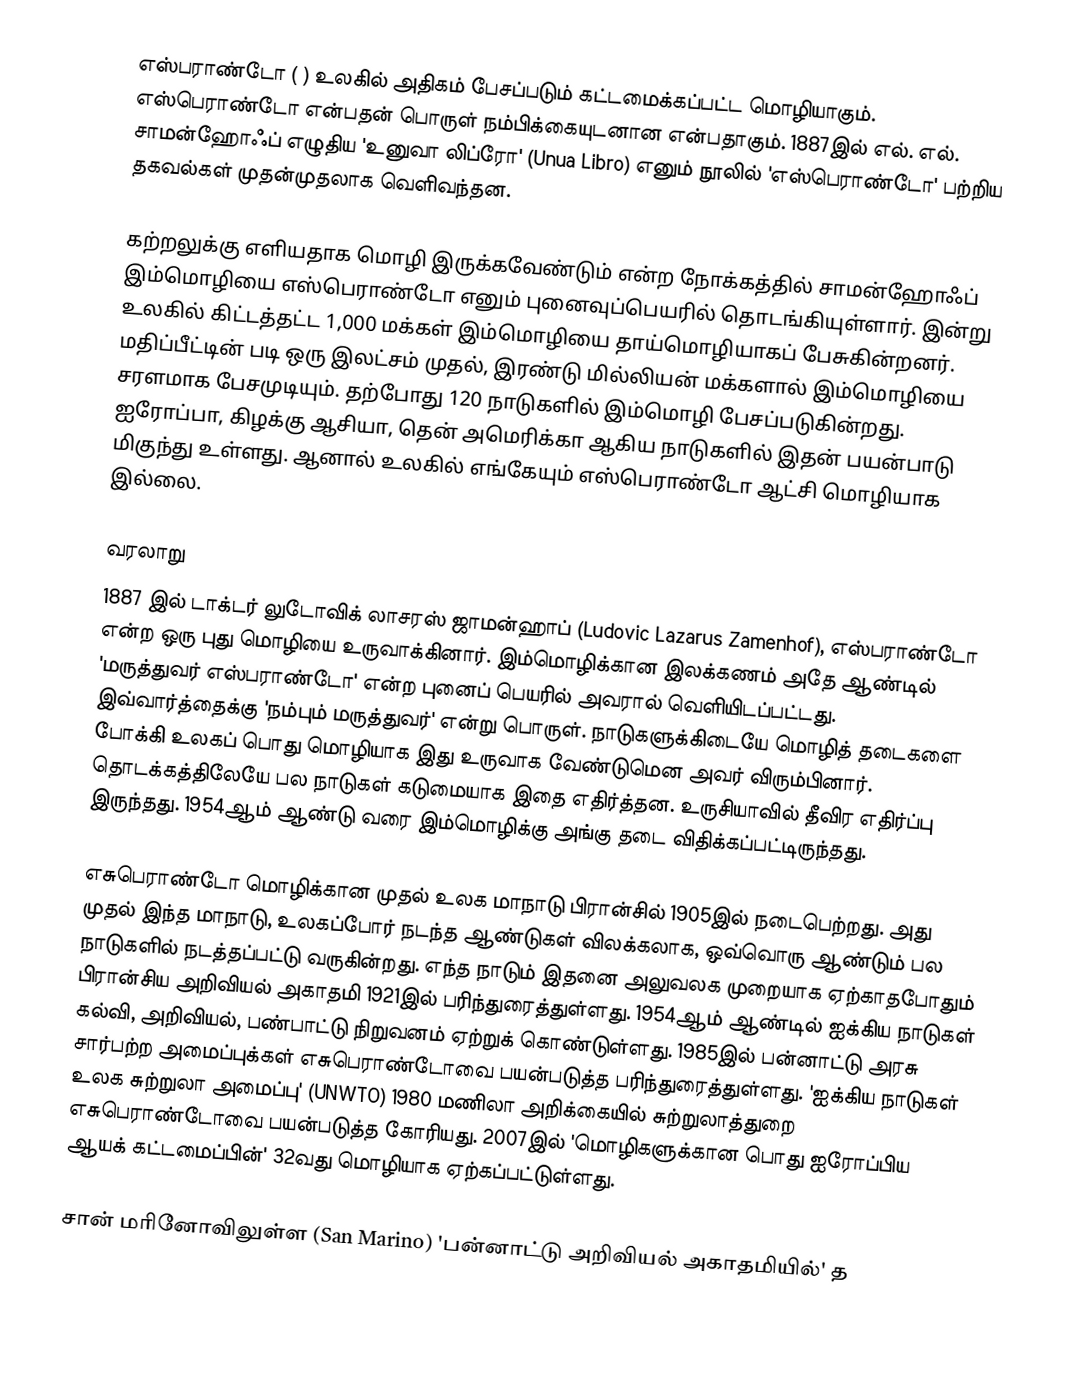
எஸ்பராண்டோ ( ) உலகில் அதிகம் பேசப்படும் கட்டமைக்கப்பட்ட மொழியாகும். எஸ்பெராண்டோ என்பதன் பொருள் நம்பிக்கையுடனான என்பதாகும். 1887இல் எல். எல். சாமன்ஹோஃப் எழுதிய 'உனுவா லிப்ரோ' (Unua Libro) எனும் நூலில் 'எஸ்பெராண்டோ' பற்றிய தகவல்கள் முதன்முதலாக வெளிவந்தன.

கற்றலுக்கு எளியதாக மொழி இருக்கவேண்டும் என்ற நோக்கத்தில் சாமன்ஹோஃப் இம்மொழியை எஸ்பெராண்டோ எனும் புனைவுப்பெயரில் தொடங்கியுள்ளார். இன்று உலகில் கிட்டத்தட்ட 1,000 மக்கள் இம்மொழியை தாய்மொழியாகப் பேசுகின்றனர். மதிப்பீட்டின் படி ஒரு இலட்சம் முதல், இரண்டு மில்லியன் மக்களால் இம்மொழியை சரளமாக பேசமுடியும். தற்போது 120 நாடுகளில் இம்மொழி பேசப்படுகின்றது. ஐரோப்பா, கிழக்கு ஆசியா, தென் அமெரிக்கா ஆகிய நாடுகளில் இதன் பயன்பாடு மிகுந்து உள்ளது.  ஆனால் உலகில் எங்கேயும் எஸ்பெராண்டோ ஆட்சி மொழியாக இல்லை.

வரலாறு
1887 இல்  டாக்டர் லுடோவிக் லாசரஸ் ஜாமன்ஹாப் (Ludovic Lazarus Zamenhof), எஸ்பராண்டோ என்ற ஒரு புது மொழியை உருவாக்கினார். இம்மொழிக்கான இலக்கணம் அதே ஆண்டில் 'மருத்துவர் எஸ்பராண்டோ' என்ற புனைப் பெயரில் அவரால் வெளியிடப்பட்டது. இவ்வார்த்தைக்கு 'நம்பும் மருத்துவர்' என்று பொருள். நாடுகளுக்கிடையே மொழித் தடைகளை போக்கி உலகப் பொது மொழியாக இது உருவாக வேண்டுமென அவர் விரும்பினார். தொடக்கத்திலேயே பல நாடுகள் கடுமையாக இதை எதிர்த்தன. உருசியாவில் தீவிர எதிர்ப்பு இருந்தது. 1954ஆம் ஆண்டு வரை இம்மொழிக்கு அங்கு தடை விதிக்கப்பட்டிருந்தது.

எசுபெராண்டோ மொழிக்கான முதல் உலக மாநாடு பிரான்சில் 1905இல் நடைபெற்றது. அது முதல் இந்த மாநாடு, உலகப்போர் நடந்த ஆண்டுகள் விலக்கலாக, ஒவ்வொரு ஆண்டும் பல நாடுகளில் நடத்தப்பட்டு வருகின்றது. எந்த நாடும் இதனை அலுவலக முறையாக ஏற்காதபோதும் பிரான்சிய அறிவியல் அகாதமி 1921இல் பரிந்துரைத்துள்ளது. 1954ஆம் ஆண்டில் ஐக்கிய நாடுகள் கல்வி, அறிவியல், பண்பாட்டு நிறுவனம் ஏற்றுக் கொண்டுள்ளது. 1985இல் பன்னாட்டு அரசு சார்பற்ற அமைப்புக்கள் எசுபெராண்டோவை பயன்படுத்த பரிந்துரைத்துள்ளது.  'ஐக்கிய நாடுகள் உலக சுற்றுலா அமைப்பு' (UNWTO) 1980 மணிலா அறிக்கையில் சுற்றுலாத்துறை எசுபெராண்டோவை பயன்படுத்த கோரியது. 2007இல் 'மொழிகளுக்கான பொது ஐரோப்பிய  ஆயக் கட்டமைப்பின்' 32வது மொழியாக ஏற்கப்பட்டுள்ளது.

சான் மரினோவிலுள்ள (San Marino) 'பன்னாட்டு அறிவியல் அகாதமியில்' த